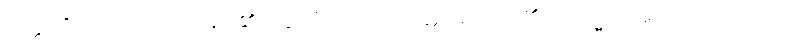
ဝတ္ထုကို။ ဒါတဗ္ဗံ၊ ပေးအပ်၏။ ဣတိ၊ ဤသို့။ ဝုတ္တံ၊ ဆိုအပ်၏။ ကသ္မာ၊ အဘယ်ကြောင့်။